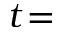
t \! =